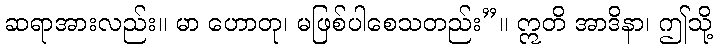
ဆရာအားလည်း။ မာ ဟောတု၊ မဖြစ်ပါစေသတည်း”။ ဣတိ အာဒိနာ၊ ဤသို့